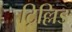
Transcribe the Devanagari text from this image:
ट्रिल्लिङ